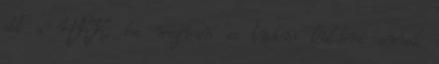
ott a HKK, ha megvan es tudom kuldeni annak